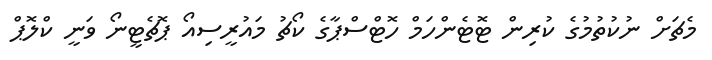
މެޗަށް ނުކުތުމުގެ ކުރިން ޓޮޓެންހަމް ހޮޓްސްޕާގެ ކޯޗު މައުރީސިއޯ ޕޮޗެޓީނޯ ވަނީ ކްލޮޕް